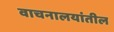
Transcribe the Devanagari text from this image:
वाचनालयांतील